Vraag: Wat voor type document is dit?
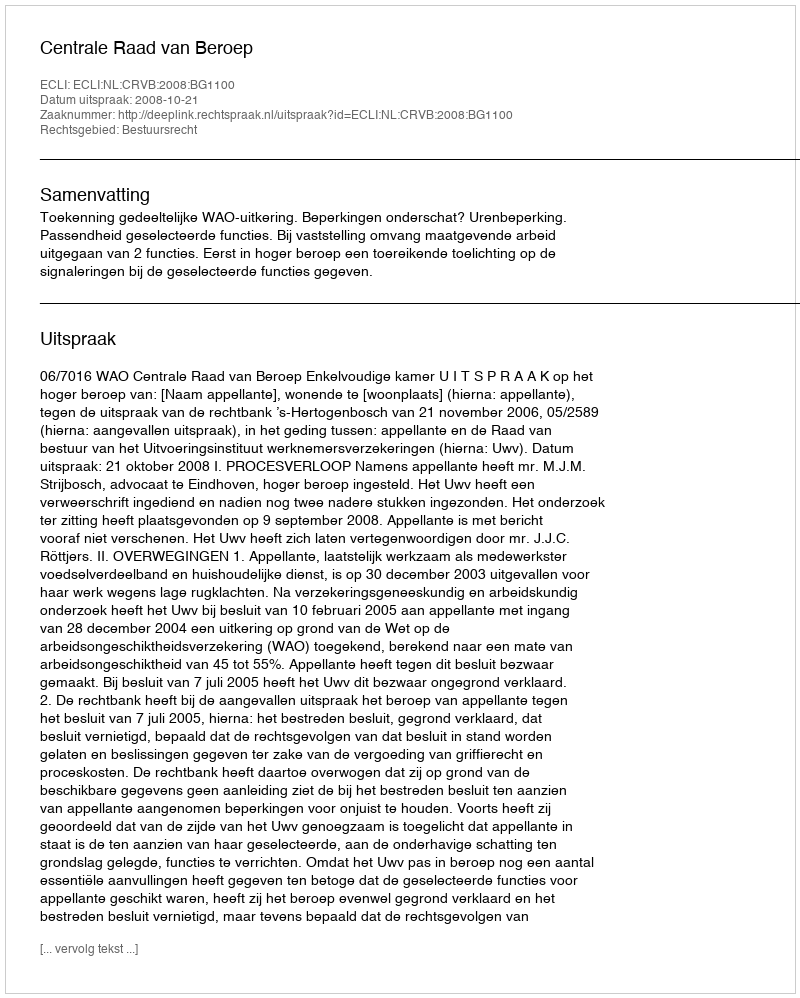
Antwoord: Uitspraak